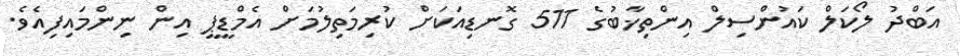
އަބްދު ލޯކަލް ކައުންސިލް އިންތިޚާބުގެ 511 ގޮނޑިއަކަށް ކުރިމަތިލުމަށް އެމްޑީޕީ އިން ނިންމައިފިއެވެ.